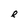
Character: e